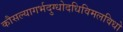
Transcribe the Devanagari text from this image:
कौसल्यागर्भदुग्धोदधिविमलविधो